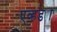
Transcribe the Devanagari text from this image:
एव्हड्या